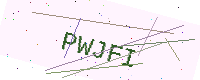
Text: PWJFI